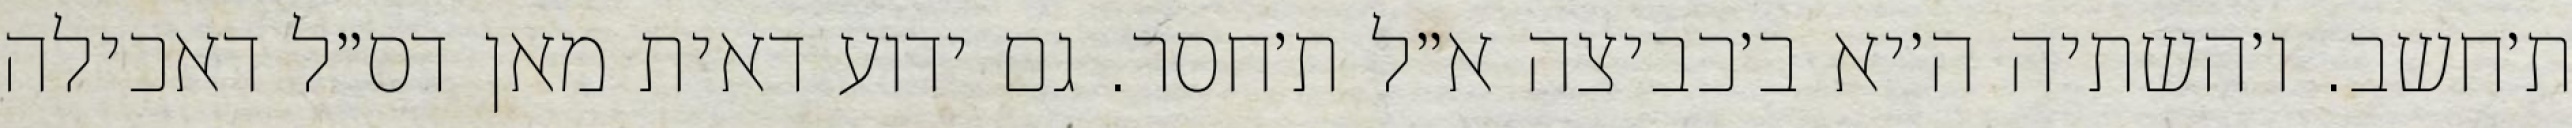
ת׳חשב. ו׳השתיה ה׳יא ב׳כביצה א״ל ת׳חסר. גם ידוע דאית מאן דס״ל דאכילה